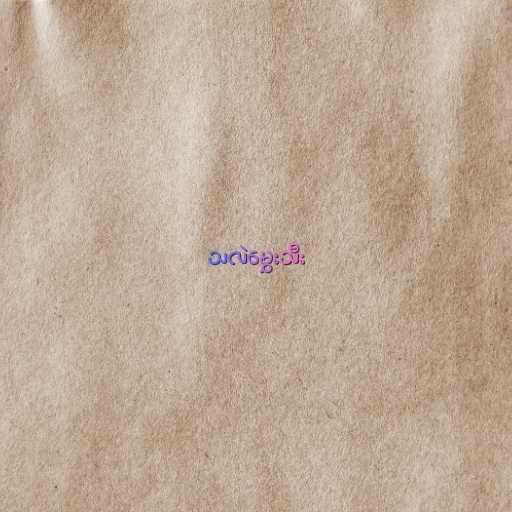
သလဲမွှေးသီး